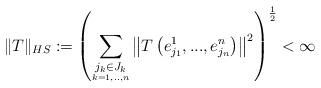
LaTeX: \begin{align*}\|T\|_{HS}:=\left(\underset{\underset{k=1,..,n}{j_{k}\in J_{k}}}{\sum}\left\Vert T\left(e_{j_{1}}^{1},...,e_{j_{n}}^{n}\right)\right\Vert ^{2}\right)^{\frac{1}{2}} <\infty\end{align*}